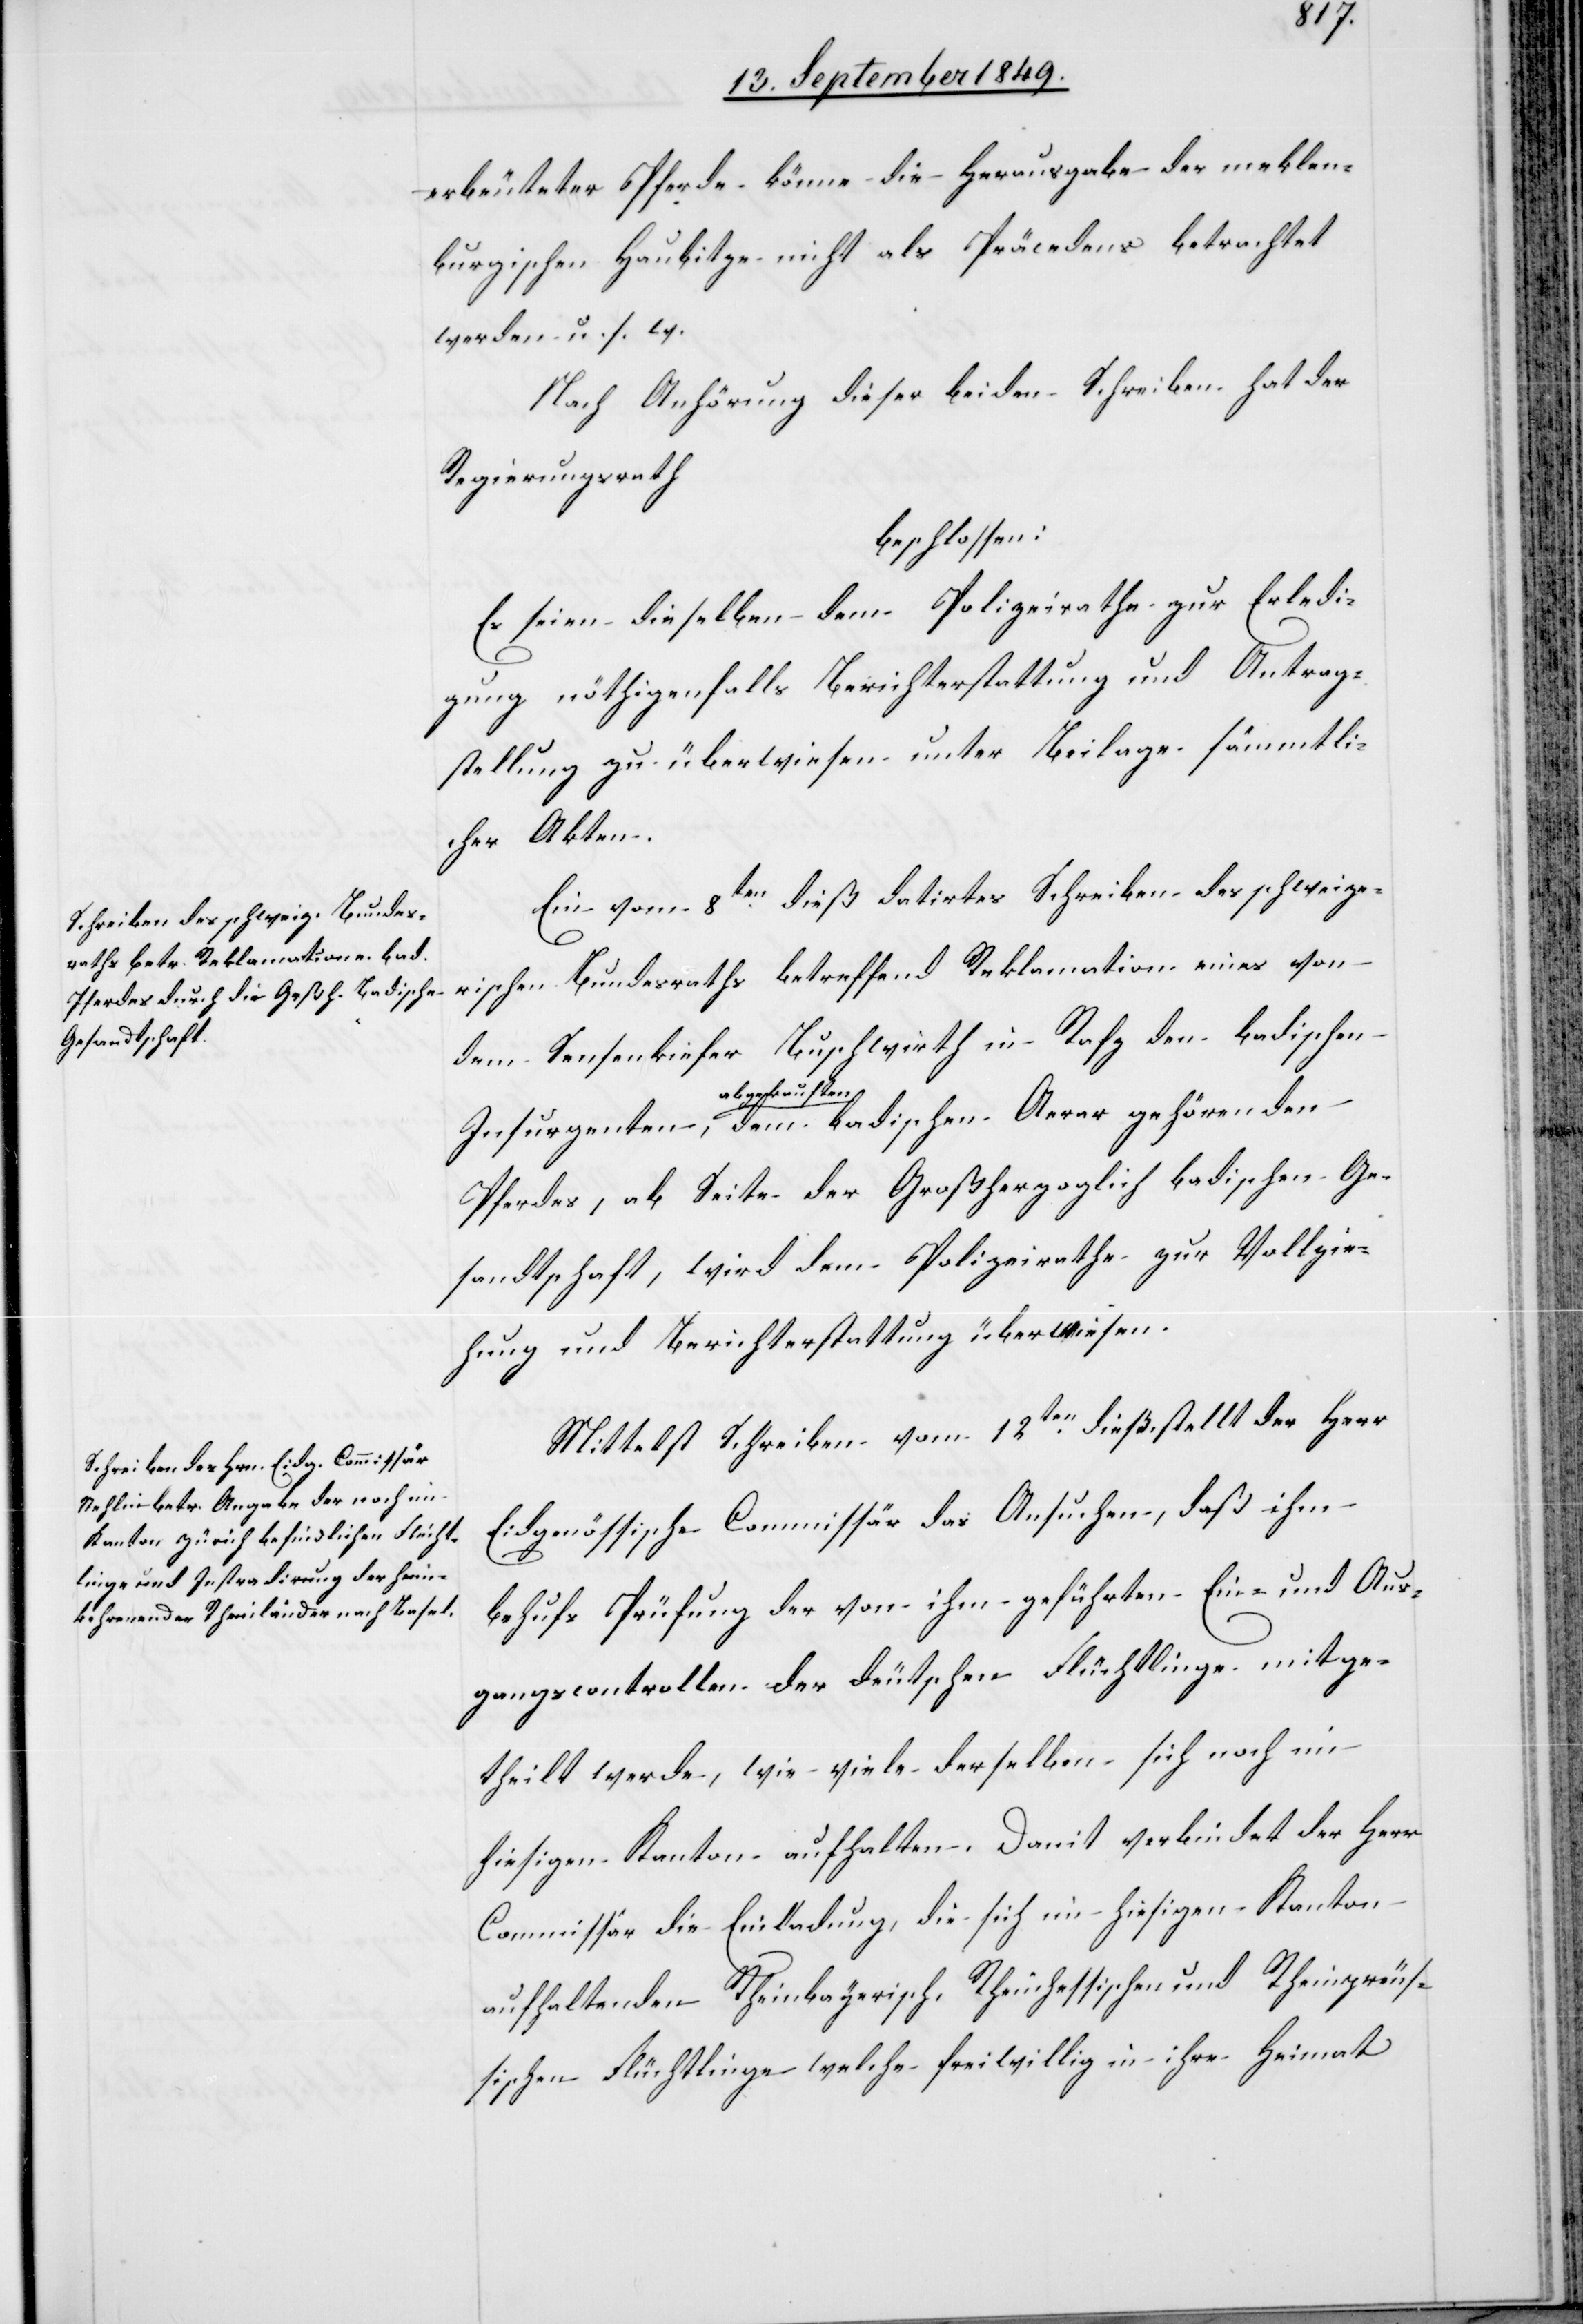
erbeuteter Pferde könne die Herausgabe der meklen¬
burgischen Haubitze nicht als Präcedens betrachtet
werden u. s. w.
Nach Anhörung dieser beiden Schreiben hat der
Regierungsrath
beschlossen:
Es seien dieselben dem Polizeirathe zur Erledi¬
gung nöthigenfalls Berichterstattung und Antrag¬
stellung zu überwiesen [sic!] unter Beilage sämmtli¬
cher Akten.
Mittelst Schreiben vom 12ten dieß stellt der Herr
Eidgenössische Commissär das Ansuchen, daß ihm
behufs Prüfung der von ihm geführten Ein- und Aus¬
gangscontrollen der deutschen Flüchtlinge mitge¬
theilt werde, wie viele derselben sich noch im
hiesigen Kanton aufhalten. Damit verbindet der Herr
Commissär die Einladung, die sich im hiesigen Kanton
aufhaltenden Rheinbayerisch.[,] Rheinhessischen und Rheinpreus¬
sischen Flüchtlinge welche freiwillig in ihre Heimat